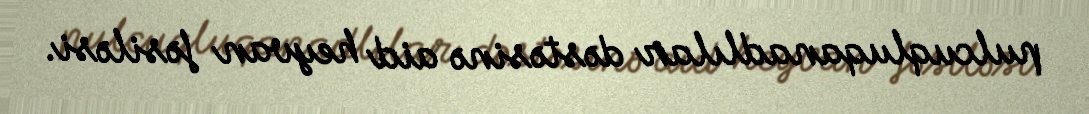
pulcuqluqanadlılar dəstəsinə aid heyvan fəsiləsi.